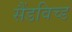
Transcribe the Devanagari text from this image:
सैंडविच्ड